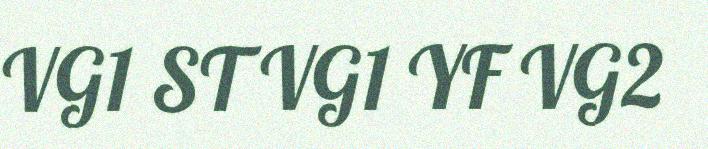
VG1 ST VG1 YF VG2